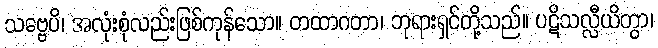
သဗ္ဗေပိ၊ အလုံးစုံလည်းဖြစ်ကုန်သော။ တထာဂတာ၊ ဘုရားရှင်တို့သည်။ ပဋိသလ္လီယိတွာ၊